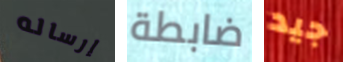
إرساله ضابطة جيد